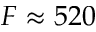
F \approx 5 2 0